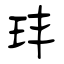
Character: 玤